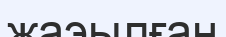
жаэылған